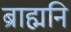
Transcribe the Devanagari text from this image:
ब्राह्मनि